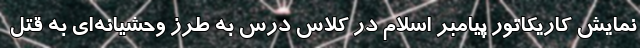
نمایش کاریکاتور پیامبر اسلام در کلاس درس به طرز وحشیانه‌ای به قتل